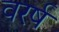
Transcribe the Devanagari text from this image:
वरर्ष